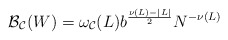
\begin{align*}{\cal B_C}(W) = \omega_{\cal C}(L) b^\frac{\nu(L)-|L|}{2} N^{-\nu(L)}\end{align*}